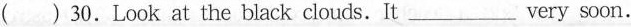
( ) 30. Look at the black clouds.It___very soon.